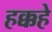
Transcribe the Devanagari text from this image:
हक्कहे